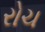
રોચ